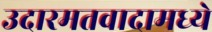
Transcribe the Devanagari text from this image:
उदारमतवादामध्ये